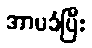
အာမခံပြီး